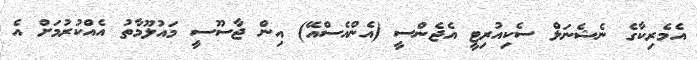
އެެމެރިކާގެ ނެޝެނަލް ސެކިއުރިޓީ އެޖެންސީ (އެންއެސްއޭ) އިން ޖާސޫސީ މައުލޫމާތު އެއްކުރުމަށް އެ